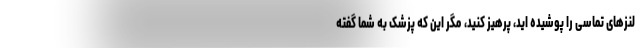
لنزهای تماسی را پوشیده اید، پرهیز کنید، مگر این که پزشک به شما گفته